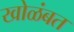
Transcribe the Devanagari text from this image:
खोळंबत